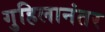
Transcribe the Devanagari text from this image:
गुहिलानंतर